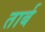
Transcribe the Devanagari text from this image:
तार्ब